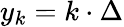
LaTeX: y_{k}=k\cdot\Delta